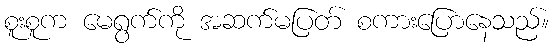
စူးစူက မေရွက်ကို အဆက်မပြတ် စကားပြောနေသည်။